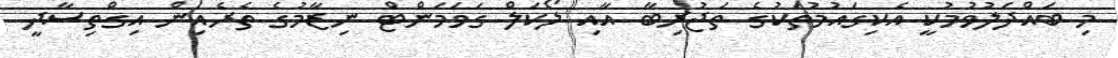
މި ބައްދަލުވުމުކީ އެކިގައުމުތަކުގެ ތަޖުރިބާ އާއި ލޯކަލް ގަވަމަންޓް ނިޒާމުގެ ތެރެެއިން އިގްތިސާދީ